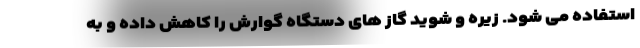
استفاده می شود. زیره و شوید گاز های دستگاه گوارش را کاهش داده و به